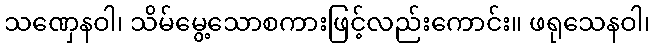
သဏှေနဝါ၊ သိမ်မွေ့သောစကားဖြင့်လည်းကောင်း။ ဖရုသေနဝါ၊